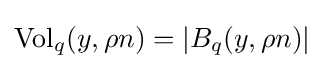
{\text{Vol}}_{q}(y,\rho n)=|B_{q}(y,\rho n)|